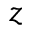
z